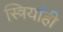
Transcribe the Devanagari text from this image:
स्त्रियांही